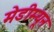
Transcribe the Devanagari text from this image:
मेडीम्यून